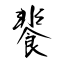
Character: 餥